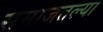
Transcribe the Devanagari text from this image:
समाजतल्या